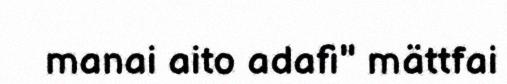
manai aito adafi" mättfai